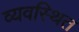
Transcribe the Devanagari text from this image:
व्‍यवस्‍िथत